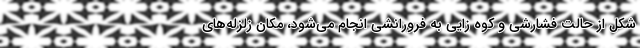
شکل از حالت فشارشی و کوه زایی به فرورانشی انجام می‌شود، مکان زلزله‌های